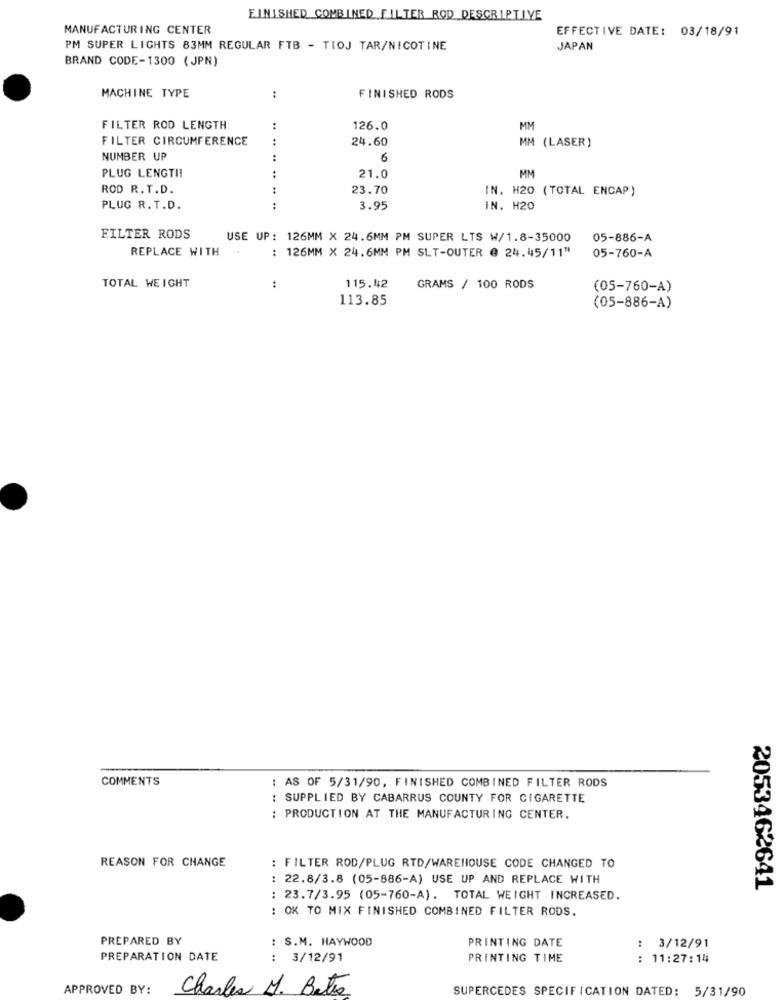
FINISHED COMBINED FILTER ROD DESCRIPTIVE
MANUFACTURING CENTER
EFFECTIVE DATE: 03/18/91
PM SUPER LIGHTS 83MM REGULAR FTB - TIOJ TAR/NICOTINE
JAPAN
BRAND CODE-1300 (JPN)
MACHINE TYPE
:
FINISHED RODS
FILTER ROD LENGTH
:
126.0
MM
FILTER CIRCUMFERENCE
:
24.60
MM (LASER)
NUMBER UP
:
6
PLUG LENGTII
:
21.0
MM
ROD R. T.D.
:
23.70
IN. H20 (TOTAL ENCAP)
PLUG R.T.D.
..
3.95
IN. H20
FILTER RODS
USE UP: 126MM X 24.6MM PM SUPER LTS W/1.8-35000
05-886-A
REPLACE WITH
: 126MM X 24.6MM PM SLT-OUTER @ 24.45/11"
05-760-A
TOTAL WEIGHT
115.42
:
GRAMS / 100 RODS
(05-760-A)
113.85
(05-886-A)
COMMENTS
: AS OF 5/31/90, FINISHED COMBINED FILTER RODS
: SUPPLIED BY CABARRUS COUNTY FOR CIGARETTE
: PRODUCTION AT THE MANUFACTURING CENTER.
REASON FOR CHANGE
: FILTER ROD/PLUG RTD/WAREHOUSE CODE CHANGED TO
: 22.8/3.8 (05-886-A) USE UP AND REPLACE WITH
2053462641
: 23.7/3.95 (05-760-A). TOTAL WEIGHT INCREASED.
: OK TO MIX FINISHED COMBINED FILTER RODS.
PREPARED BY
: S.M. HAYWOOD
PRINTING DATE
:
3/12/91
PREPARATION DATE
: 3/12/91
PRINTING TIME
: 11:27:14
APPROVED BY:
Charles M. Bates
SUPERCEDES SPECIFICATION DATED: 5/31/90